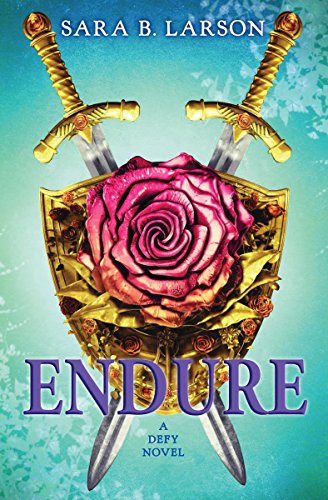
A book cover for Endure (Defy, Book 3); Sara B. Larson; Teen & Young Adult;